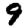
Digit: 9